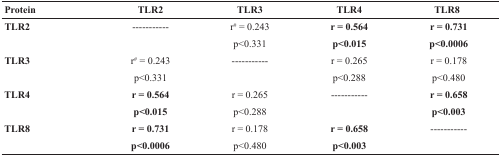
<table><thead><tr><td><b>Protein</b></td><td><b>TLR2</b></td><td><b>TLR3</b></td><td><b>TLR4</b></td><td><b>TLR8</b></td></tr></thead><tbody><tr><td><b>TLR2</b></td><td>-----------</td><td>r<sup>#</sup> = 0.243</td><td><b>r = 0.564</b></td><td><b>r = 0.731</b></td></tr><tr><td></td><td></td><td>p&lt;0.331</td><td><b>p&lt;0.015</b></td><td><b>p&lt;0.0006</b></td></tr><tr><td><b>TLR3</b></td><td>r<sup>#</sup> = 0.243</td><td>-----------</td><td>r = 0.265</td><td>r = 0.178</td></tr><tr><td></td><td>p&lt;0.331</td><td></td><td>p&lt;0.288</td><td>p&lt;0.480</td></tr><tr><td><b>TLR4</b></td><td><b>r = 0.564</b></td><td>r = 0.265</td><td>-----------</td><td><b>r = 0.658</b></td></tr><tr><td></td><td><b>p&lt;0.015</b></td><td>p&lt;0.288</td><td></td><td><b>p&lt;0.003</b></td></tr><tr><td><b>TLR8</b></td><td><b>r = 0.731</b></td><td>r = 0.178</td><td><b>r = 0.658</b></td><td>-----------</td></tr><tr><td></td><td><b>p&lt;0.0006</b></td><td>p&lt;0.480</td><td><b>p&lt;0.003</b></td><td></td></tr></tbody></table>